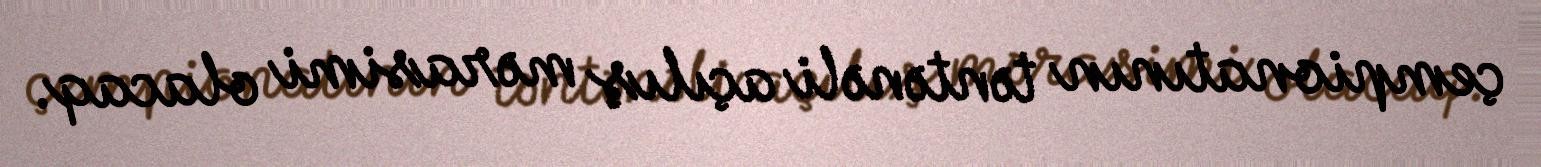
çempionatının təntənəli açılış mərasimi olacaq.